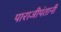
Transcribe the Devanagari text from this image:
पाराजीपंतानी